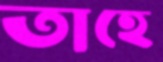
তাহে